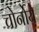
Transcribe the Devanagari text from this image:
चोर्नोये